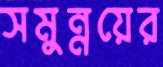
সমুন্নয়ের